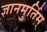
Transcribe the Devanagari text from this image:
ज्ञानमुर्तिम्‌